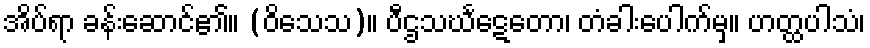
အိပ်ရာ ခန်းဆောင်၏။ (ဝိသေသ)။ ပီဌသင်္ဃဋေတော၊ တံခါးပေါက်မှ။ ဟတ္ထပါသံ၊